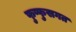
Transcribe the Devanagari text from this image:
फुप्फुसगत